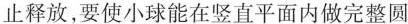
止释放，要使小球能在竖直平面内做完整圆